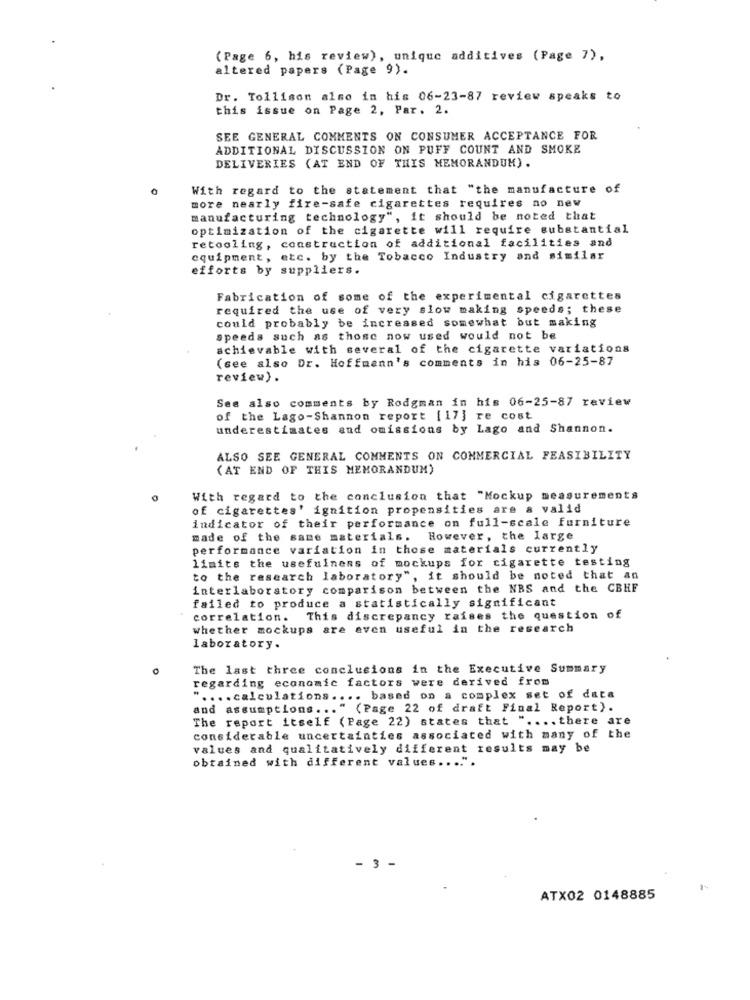
(Page 6, his review), unique additives (Page 7),
altered papers (Page 9).
Dr. Tollison also in his 06-23-87 review speaks to
this issue on Page 2, Par. 2.
SEE GENERAL COMMENTS ON CONSUMER ACCEPTANCE FOR
ADDITIONAL DISCUSSION ON PUFF COUNT AND SMOKE
DELIVERIES (AT END OF THIS MEMORANDUM).
With regard to the statement that "the manufacture of
more nearly fire-safe cigarettes requires no new
manufacturing technology", it should be noted that
optimization of the cigarette will require substantial
retooling, construction of additional facilities and
equipment, etc. by the Tobacco Industry and similar
efforts by suppliers.
Fabrication of some of the experimental cigarettes
required the use of very slow making speeds; these
could probably be increased somewhat but making
speeds such as those now used would not be
achievable with several of the cigarette variations
(see also Dr. Hoffmann's comments in his 06-25-87
review).
See also comments by Rodgman in his 06-25-87 review
of the Lago-Shannon report [ 17] re cost
underestimates and omissions by Lago and Shannon.
ALSO SEE GENERAL COMMENTS ON COMMERCIAL FEASIBILITY
(AT END OF THIS MEMORANDUM)
With regard to the conclusion that "Mockup measurements
of cigarettes' ignition propensities are & valid
indicator of their performance on full-scale furniture
made of the same materials. However, the large
performance variation in those materials currently
limits the usefulness of mockups for cigarette testing
to the research laboratory", it should be noted that an
interlaboratory comparison between the NBS and the CBHF
failed to produce a statistically significant
correlation.
This discrepancy raises the question of
whether mockups are even useful in the research
laboratory.
The last three conclusions in the Executive Summary
regarding economic factors were derived from
" .... calculations .... based on a complex set of data
and assumptions ... " (Page 22 of draft Final Report).
The report itself (Page 22) states that " .... there are
considerable uncertainties associated with many of the
values and qualitatively different results may be
obtained with different values .... ".
3
ATX02 0148885